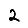
Digit: 2